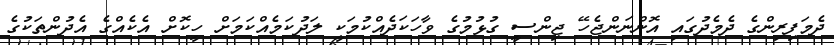
ދެމަފިރިންގެ ދެމެދުގައި އޮންނަންޖެހޭ ޖިންސީ ގުޅުމުގެ ވާހަކަދެއްކުމަކީ ލަދުކަމެއްކަމަށް ހީކޮށް އެކެއްގެ އެދުންތަކުގެ